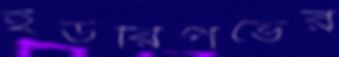
ইউরিপভের